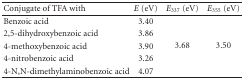
<table><thead><tr><td><b>Conjugate of TFA with</b></td><td><b><i>E</i> (eV)</b></td><td><b><i>E</i><sub>337</sub> (eV)</b></td><td><b><i>E</i><sub>355</sub> (eV)</b></td></tr></thead><tbody><tr><td>Benzoic acid</td><td>3.40</td><td rowspan="5">3.68</td><td rowspan="5">3.50</td></tr><tr><td>2,5-dihydroxybenzoic acid</td><td>3.86</td></tr><tr><td>4-methoxybenzoic acid</td><td>3.90</td></tr><tr><td>4-nitrobenzoic acid</td><td>3.26</td></tr><tr><td>4-N,N-dimethylaminobenzoic acid</td><td>4.07</td></tr></tbody></table>